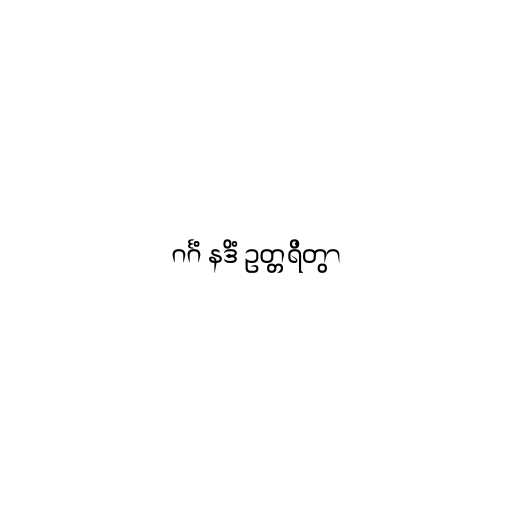
ဂင်္ဂံ နဒိံ ဥတ္တရိတွာ